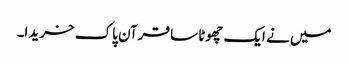
میں نے ایک چھوٹا سا قرآن پاک خریدا۔